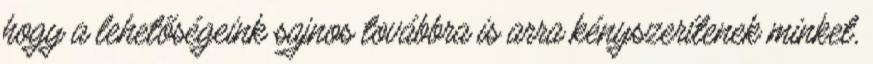
hogy a lehetőségeink sajnos továbbra is arra kényszerítenek minket,